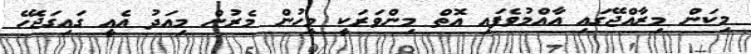
މިކަން މިރާއްޖޭގައި އާއްމުވެފައި އޮތް މިންވަރަކީ މީހުން މެރުން މިއަދު އެއީ ގައިގަޖެހޭ